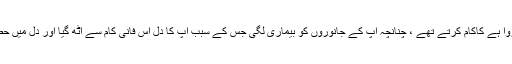
تعلیم و تربیت : بچپن میں چروا ہے کاکام کرتے تھے ، چنانچہ آپ کے جانوروں کو بیماری لگی جس کے سبب آپ کا دل اس فانی کام سے اٹھ گیا اور دل میں حصول علم کی تڑپ پیدا ہوئی ۔